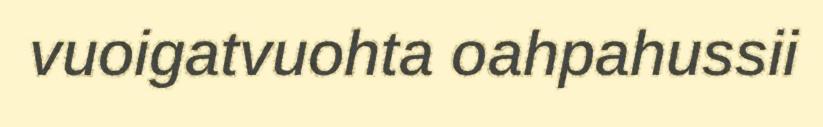
vuoigatvuohta oahpahussii